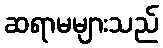
ဆရာမများသည်